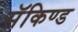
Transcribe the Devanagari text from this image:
सॅकिण्ड